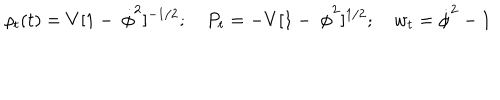
LaTeX: \rho _ { t } ( t ) = V [ 1 - \ \dot { \phi } ^ { 2 } ] ^ { - 1 / 2 } ; \quad P _ { t } = - V [ 1 - \ \dot { \phi } ^ { 2 } ] ^ { 1 / 2 } ; \quad w _ { t } = \dot { \phi } ^ { 2 } - 1